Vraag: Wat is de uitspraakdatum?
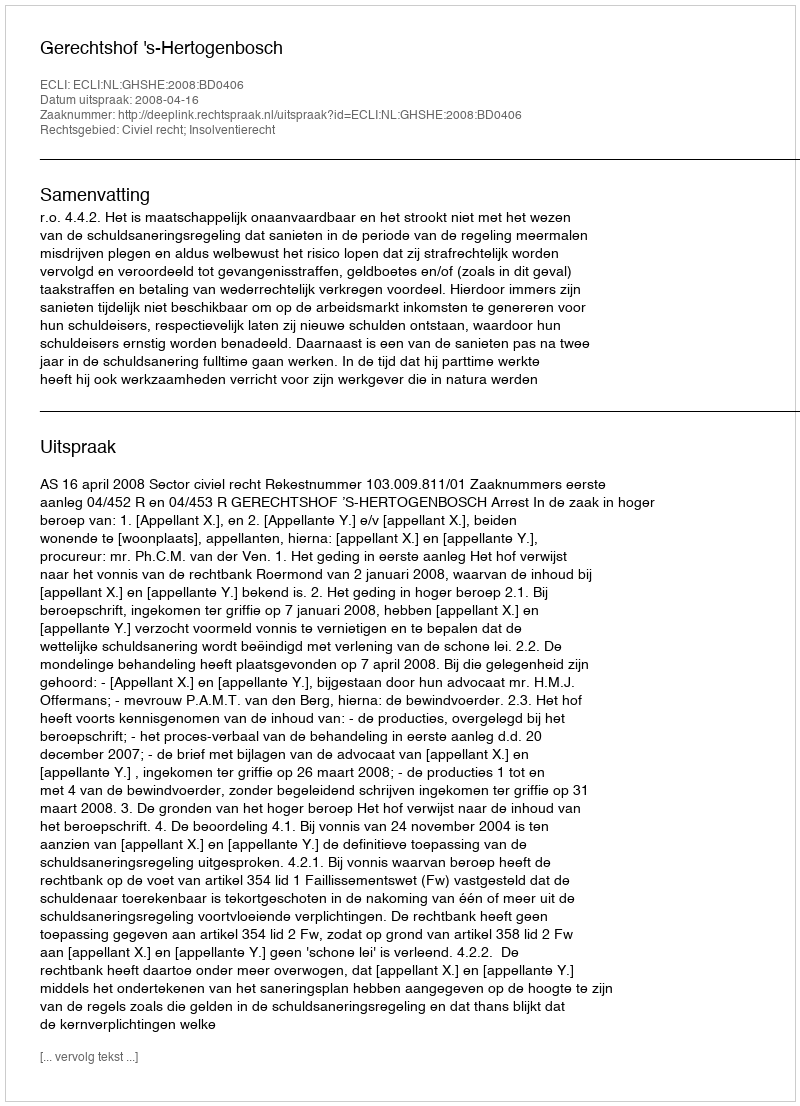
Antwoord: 2008-04-16